On the action of the venoms of the cobra (Naja tripudians) and of the daboia (Daboia russellii) on the red blood corpuscles and on the blood plasma - Number 4
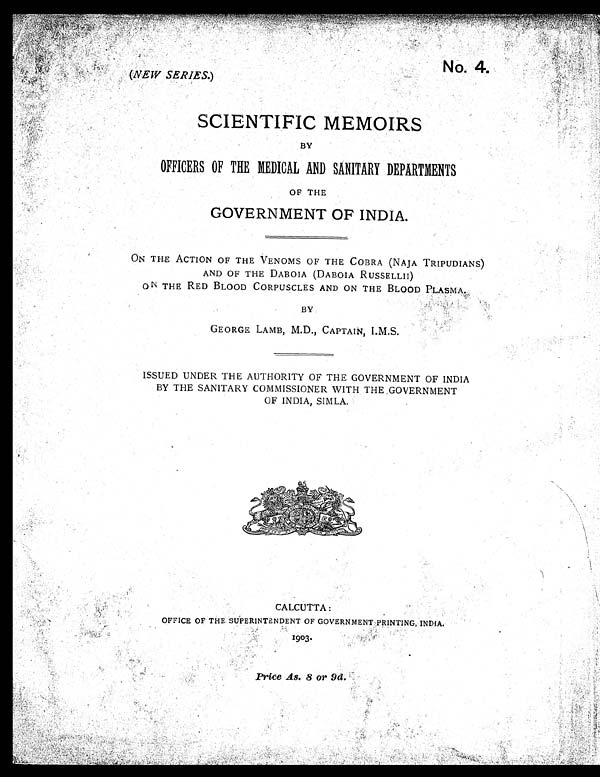
N o . 4 .
(NEW SERIES.)
SCIENTIFIC MEMOIRS.
BY
OFFICERS OF THE MEDICAL AND SANITARY DEPARTMENTS
OF THE
GOVERNMENT OF INDIA.
ON THE ACTION OF THE VENOMS OF THE COBRA (NAJA TRIPUDIANS)
AND OF THE DABOIA (DABOIA RUSSELLII)
ON THE RED BLOOD CORPUSCLES AND ON THE BLOOD PLASMA.
BY
GEORGE LAMB, M.D., CAPTAIN, I.M.S.
ISSUED UNDER THE AUTHORITY OF THE GOVERNMENT OF INDIA
BY THE SANITARY COMMISSIONER WITH THE .GOVERNMENT
OF INDIA, SIMLA.
CALCUTTA:
OFFICE OF THE SUPERINTENDENT OF GOVERNMENT PRINTING,INDIA.
1903.
Price As. 8 or 9d.